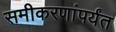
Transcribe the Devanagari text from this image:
समीकरणांपर्यंत